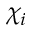
\chi _ { i }